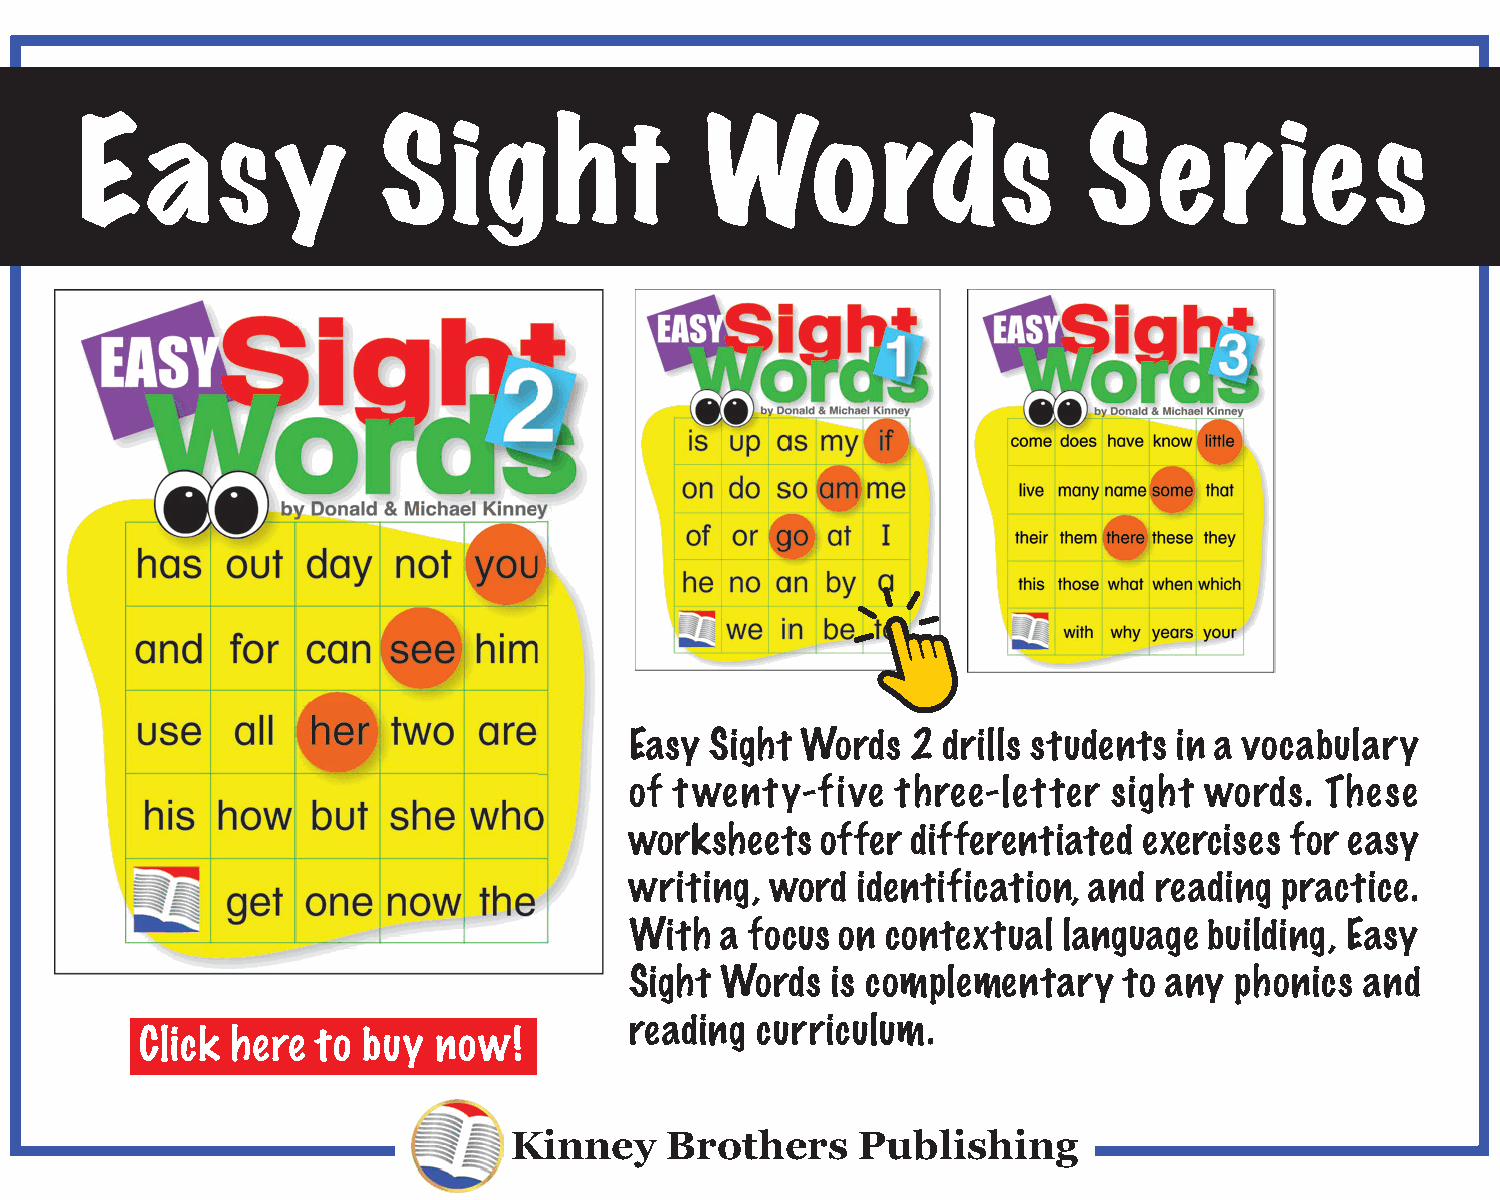
Easy                Sig         ht        Words                    Series
 Easy Sight Words  2 drills students in a vocabulary
 of twenty-five   three-letter   sight words.  These
 worksheets  offer differentiated  exercises for easy
 writing, word  identification, and reading practice.
 With  a focus on contextual language  building, Easy
 Sight Words  is complementary   to any  phonics and
 reading curriculum.
 Click here  to buy  now!
 Kinney    Brothers     Publishing